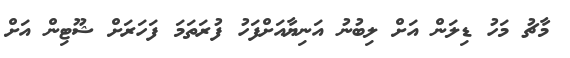
މާޗު މަހު ޑިލަން އަށް ލިބުނު އަނިޔާއަށްފަހު ފުރަތަމަ ފަހަރަށް ޝޫޓިން އަށް